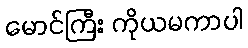
မောင်ကြီး ကိုယမကာပါ